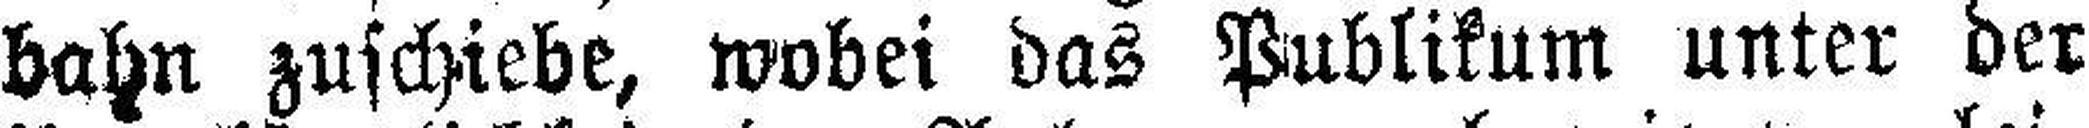
bahn zuschiebe, wobei das Publikum unter der